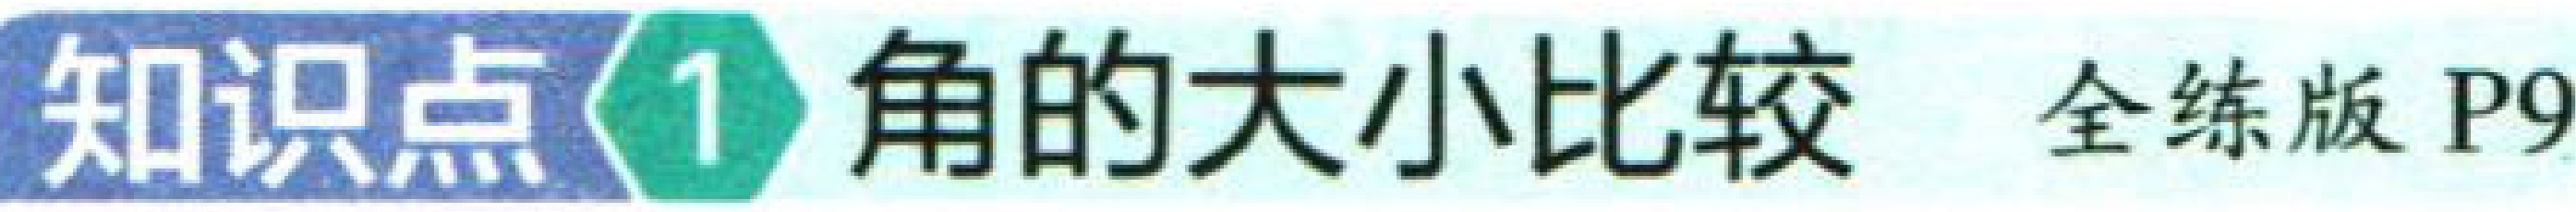
知识点\(1\) 角的大小比较 全练版 P9